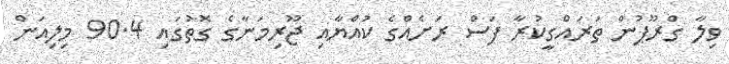
ވިލާ ގްރޫޕުން ތަރައްގީކުރާ ފަސް ރަށެއްގެ ކުއްޔާއި ޖޫރިމަނާގެ ގޮތުގައި 90.4 މިލިއަން